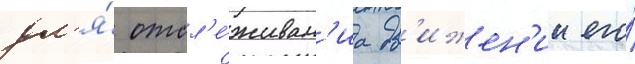
дл'я́ отсл'е́живан'иа дв'ижен'ии его́